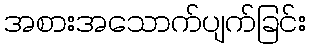
အစားအသောက်ပျက်ခြင်း